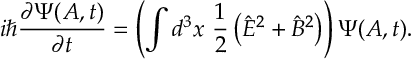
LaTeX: i \hbar { \frac { \partial \Psi ( A , t ) } { \partial t } } = \left( \int d ^ { 3 } x \ { \frac { 1 } { 2 } } \left( { \hat { E } } ^ { 2 } + { \hat { B } } ^ { 2 } \right) \right) \Psi ( A , t ) .